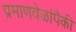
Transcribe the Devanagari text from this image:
प्रमाणवेळांपैकी